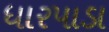
ધારપાડા